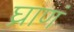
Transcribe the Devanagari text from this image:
घ्राणं